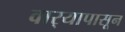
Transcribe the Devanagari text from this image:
वार्‍यापासून